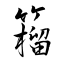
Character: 籕